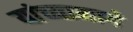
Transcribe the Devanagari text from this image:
यांच्यामागे